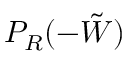
P _ { R } ( - \tilde { W } )